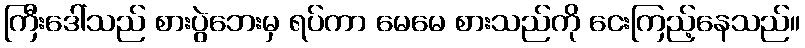
ကြီးဒေါ်သည် စားပွဲဘေးမှ ရပ်ကာ မေမေ စားသည်ကို ငေးကြည့်နေသည်။